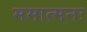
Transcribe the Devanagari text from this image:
ममात्मनः